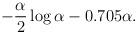
LaTeX: \begin{align*}- \frac{\alpha }{2}\log \alpha - 0.705\alpha .\end{align*}